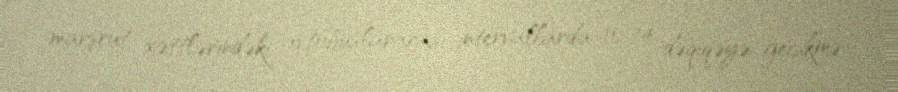
marşrut xəttlərindəki avtobuslararası intervallarda 10-14 dəqiqəyə gecikmə